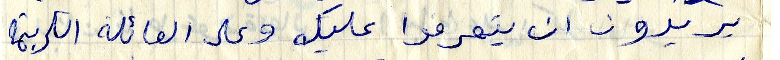
يريدون ان يتعرفوا عليك وعلى العائلة الكريمة